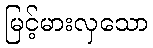
မြင့်မားလှသော